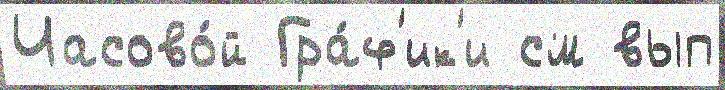
Часово́й Гра́ф'ик'и см вып